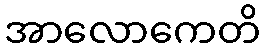
အာလောကေတိ